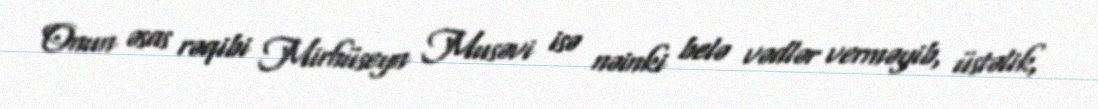
Onun əsas rəqibi Mirhüseyn Musəvi isə nəinki belə vədlər verməyib, üstəlik,